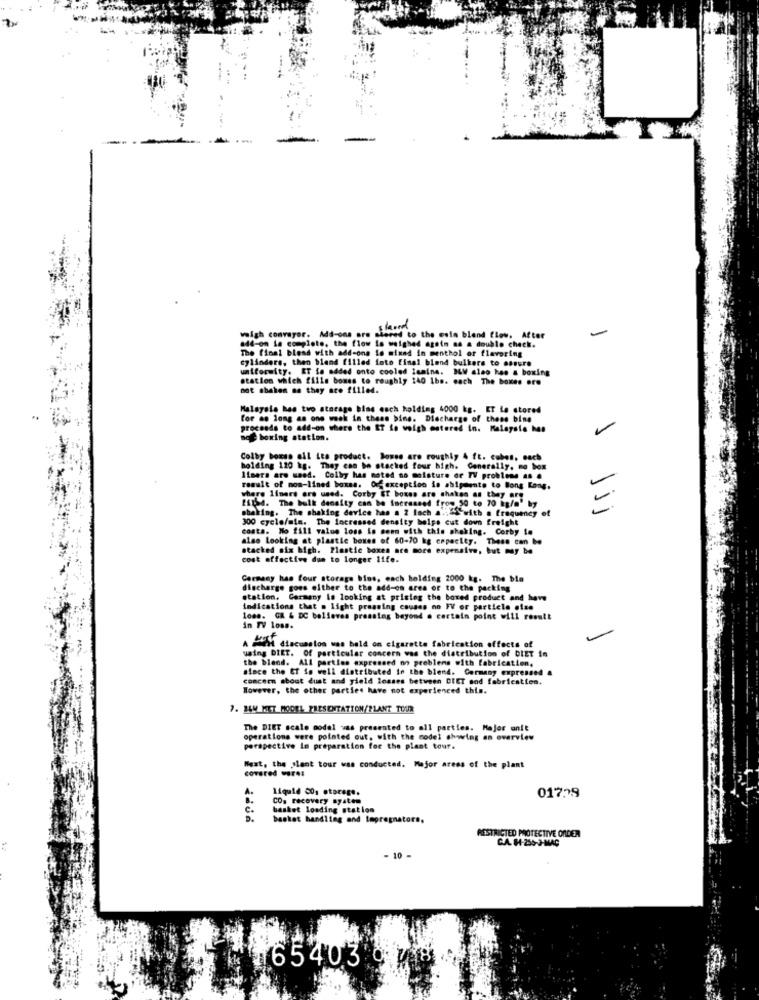
stond
weigh conveyor. Add-ons ors siered to the esia blend flow. After
The final blend with add-ons lo mixed in menthol of flavoring
add-on la completo, the flow lo weighed again as a double check.
cylinders, then bland filled inte final blend bulkers to assure
uniformity. ET fo added onto cooled lamine. ILM also has a boxing
station which fills bones to roughly 240 1bs. cach The boxes ore
not shaken as they are filled.
Malayala has two storage bias esch holding 4000 kg. ET La stored
for as long as one wook in these bine. Dlecharge of these bine
procando to add-on where the ET fo weigh entered in. Malaysie Me
not boxing station.
Colby boxas all its product. bosse are roughly 4 ft. cubos, each
holding 120 kg. They can be stacked four high. Generally, no box
limers are sand. Colby has noted no moisture or TV probleme an .
result of nos-lined boxas. Of exception is shipments to long Long.
EST54. The bulk density can be increased from 50 to 70 kg/m' by
where liners ors used. Corby ET boxes are shakes as they are
shaking. The shaking device has a 2 lach a .. "> with a frequency of
11
300 cycle/mim. The Increased density helps cut down freight
costa. Mo 2ill value loss is comm with this shaking. Corby to
also Looking at plastic boxes of 60-70 kg capacity. These can be
stacked six high. Plastic boxen are more expensive, but may be
cost effective due to longer life.
Carmeny has four storage bins, each holding 2000 kg. The ble
discharge goes either to the add-on area of to the packing
station, Carmany is looking at pristeg the bored product and have
indications that . light pressing causes no FV or particle else
loss. GR & DC belleves pressing beyond a certain point will result
in TV Loss.
acht discussion was held on cigarette fabrication effects of
using DIET. Of particular concern was the distribution of DIET in
the blend. All parties expressed no problems with fabrication,
since the Et So well distributed in the blend. Germany expressed &
concern about dust and yield losses between DIET and fabrication.
However, the other parties have not experienced this.
7. 14W MET HOOEL PRESENTATION/PLANT TOUR
The DIET scale model zas presented to all parties. Major anit
operations were pointed out, with the model showing an overview
perspective in preparation for the plant tour.
West, the plant tour was conducted. Mejor aress of the plant
covered wares
Liquid 20, otorage.
CO. recovery system
017.29
basket loading station
basket handling and lepregnatore.
RESTRICTED PROTECTIVE ORDER
C.A. H-256-3-MAC
- 10 -
65403